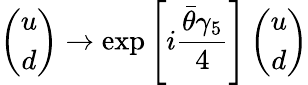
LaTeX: \left(\begin{array}{c}{{u}}\\ {{d}}\end{array}\right)\to\exp\left[i\frac{\bar{\theta}\gamma_{5}}{4}\right]\left(\begin{array}{c}{{u}}\\ {{d}}\end{array}\right)